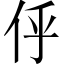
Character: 𠇼